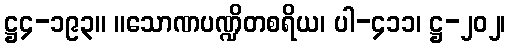
ဋ္ဌ၄-၁၉၃။ ။သောဏပဏ္ဍိတစရိယ၊ ပါ-၄၁၁၊ ဋ္ဌ-၂၀၂၊